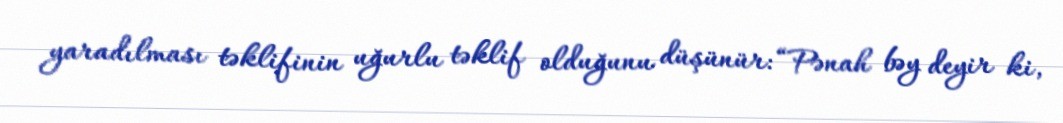
yaradılması təklifinin uğurlu təklif olduğunu düşünür: “Pənah bəy deyir ki,